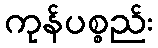
ကုန်ပစ္စည်း